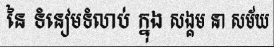
នៃ ទំនៀមទំលាប់ ក្នុង សង្គម នា សម័យ